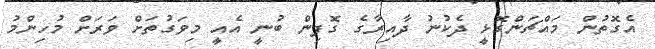
އެގޮތުން މައްޗަންގޮޅީ ދެކުނު ދާއިރާގެ ގޮފިން ބުނީ އެއީ މިވަގުތަށް ވަރަށް މުހިންމު